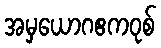
အမှယောဂဧကဝုစ်